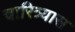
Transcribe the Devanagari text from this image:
चारित्र्यास